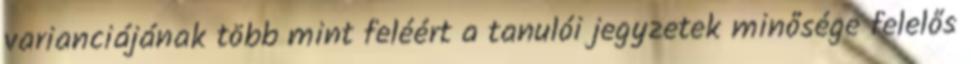
varianciájának több mint feléért a tanulói jegyzetek minősége felelős